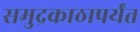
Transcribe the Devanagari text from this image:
समुद्रकाठापर्यंत